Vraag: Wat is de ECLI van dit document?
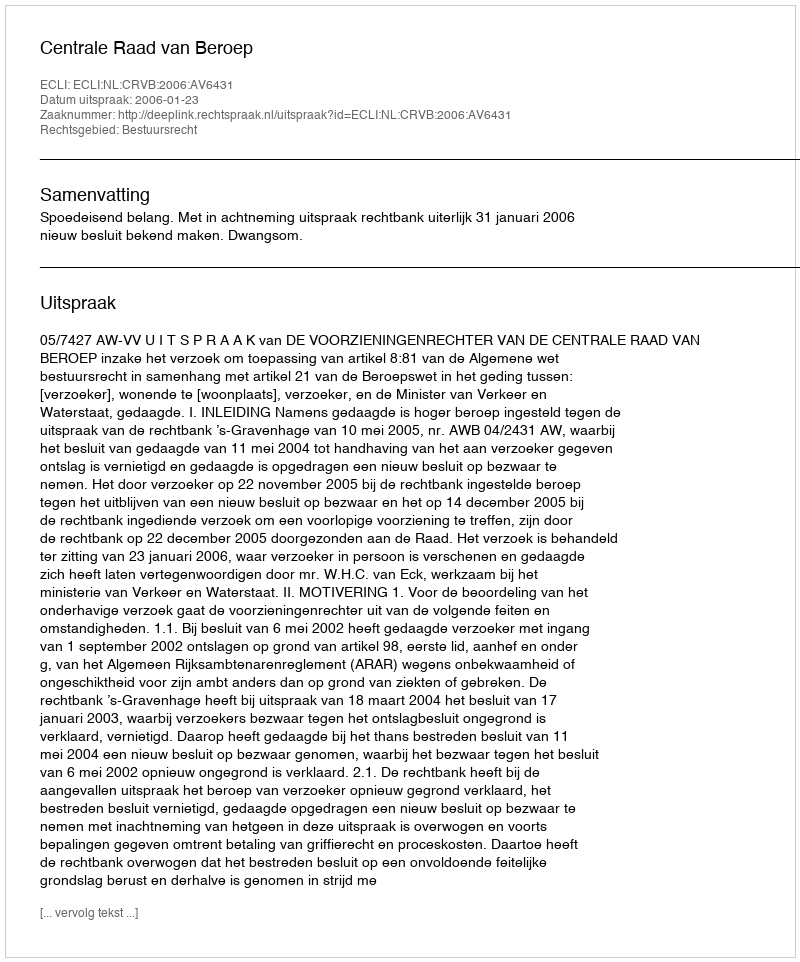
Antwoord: ECLI:NL:CRVB:2006:AV6431